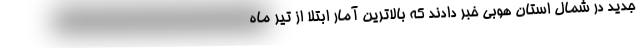
جدید در شمال استان هوبی خبر دادند که بالاترین آمار ابتلا از تیر ماه